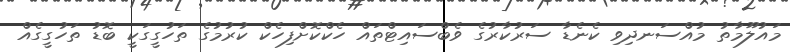
މައުލޫމާތު މުއްސަނދިވި ކެނެޑާ ސަރުކާރުގެ ވެބްސައިޓްތައް ހެކްކޮށްފިހެކް ކުރުމުގެ ތަހުގީގަކީ ބޮޑު ތަހުގީގެއް